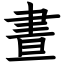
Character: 晝